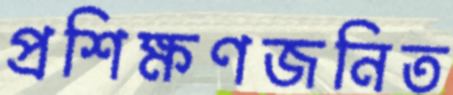
প্রশিক্ষণজনিত